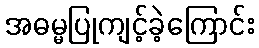
အဓမ္မပြုကျင့်ခဲ့ကြောင်း